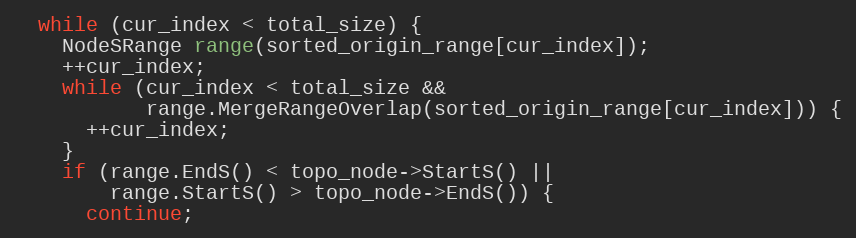
Language: C++
  while (cur_index < total_size) {
    NodeSRange range(sorted_origin_range[cur_index]);
    ++cur_index;
    while (cur_index < total_size &&
           range.MergeRangeOverlap(sorted_origin_range[cur_index])) {
      ++cur_index;
    }
    if (range.EndS() < topo_node->StartS() ||
        range.StartS() > topo_node->EndS()) {
      continue;